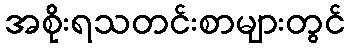
အစိုးရသတင်းစာများတွင်